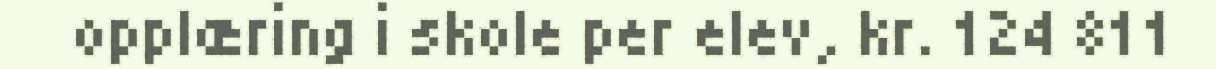
opplæring i skole per elev, kr. 124 811